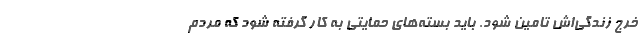
خرج زندگی‌اش تامین شود. باید بسته‌های حمایتی به کار گرفته شود که مردم